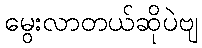
မွေးလာတယ်ဆိုပဲဗျ